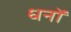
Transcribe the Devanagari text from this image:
धनों